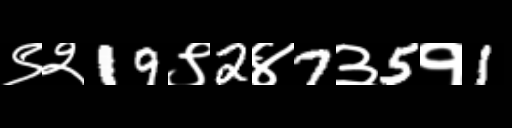
Text: ९२19९2४7३5१1